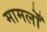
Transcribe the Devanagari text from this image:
मामलोँ